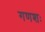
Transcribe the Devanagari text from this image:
गणशः